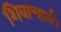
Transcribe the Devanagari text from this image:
शिवाचार्य।